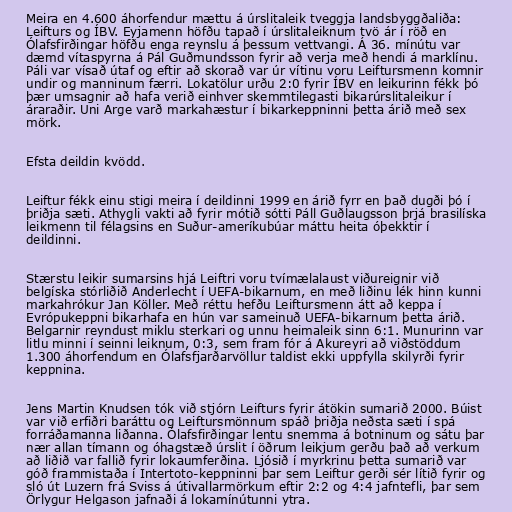
Meira en 4.600 áhorfendur mættu á úrslitaleik tveggja landsbyggðaliða:
Leifturs og ÍBV. Eyjamenn höfðu tapað í úrslitaleiknum tvö ár í röð en
Ólafsfirðingar höfðu enga reynslu á þessum vettvangi. Á 36. mínútu var
dæmd vítaspyrna á Pál Guðmundsson fyrir að verja með hendi á marklínu.
Páli var vísað útaf og eftir að skorað var úr vítinu voru Leiftursmenn komnir
undir og manninum færri. Lokatölur urðu 2:0 fyrir ÍBV en leikurinn fékk þó
þær umsagnir að hafa verið einhver skemmtilegasti bikarúrslitaleikur í
áraraðir. Uni Arge varð markahæstur í bikarkeppninni þetta árið með sex
mörk.

Efsta deildin kvödd.

Leiftur fékk einu stigi meira í deildinni 1999 en árið fyrr en það dugði þó í
þriðja sæti. Athygli vakti að fyrir mótið sótti Páll Guðlaugsson þrjá brasilíska
leikmenn til félagsins en Suður-ameríkubúar máttu heita óþekktir í
deildinni.

Stærstu leikir sumarsins hjá Leiftri voru tvímælalaust viðureignir við
belgíska stórliðið Anderlecht í UEFA-bikarnum, en með liðinu lék hinn kunni
markahrókur Jan Köller. Með réttu hefðu Leiftursmenn átt að keppa í
Evrópukeppni bikarhafa en hún var sameinuð UEFA-bikarnum þetta árið.
Belgarnir reyndust miklu sterkari og unnu heimaleik sinn 6:1. Munurinn var
litlu minni í seinni leiknum, 0:3, sem fram fór á Akureyri að viðstöddum
1.300 áhorfendum en Ólafsfjarðarvöllur taldist ekki uppfylla skilyrði fyrir
keppnina.

Jens Martin Knudsen tók við stjórn Leifturs fyrir átökin sumarið 2000. Búist
var við erfiðri baráttu og Leiftursmönnum spáð þriðja neðsta sæti í spá
forráðamanna liðanna. Ólafsfirðingar lentu snemma á botninum og sátu þar
nær allan tímann og óhagstæð úrslit í öðrum leikjum gerðu það að verkum
að liðið var fallið fyrir lokaumferðina. Ljósið í myrkrinu þetta sumarið var
góð frammistaða í Intertoto-keppninni þar sem Leiftur gerði sér lítið fyrir og
sló út Luzern frá Sviss á útivallarmörkum eftir 2:2 og 4:4 jafntefli, þar sem
Örlygur Helgason jafnaði á lokamínútunni ytra.